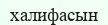
халифасын